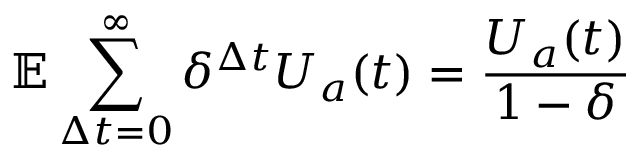
\mathbb { E } \sum _ { \Delta t = 0 } ^ { \infty } \delta ^ { \Delta t } U _ { a } ( t ) = \frac { U _ { a } ( t ) } { 1 - \delta }